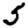
Digit: 5